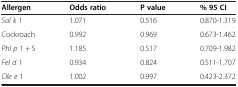
| Allergen | Odds ratio | P value | % 95 CI |
 | --- | --- | --- | --- |
 | Sal k 1 | 1.071 | 0.516 | 0.870-1.319 |
 | Cockroach | 0.992 | 0.969 | 0.673-1.462 |
 | Phl p 1 + 5 | 1.185 | 0.517 | 0.709-1.982 |
 | Fel d 1 | 0.934 | 0.824 | 0.511-1.707 |
 | Ole e 1 | 1.002 | 0.997 | 0.423-2.372 |